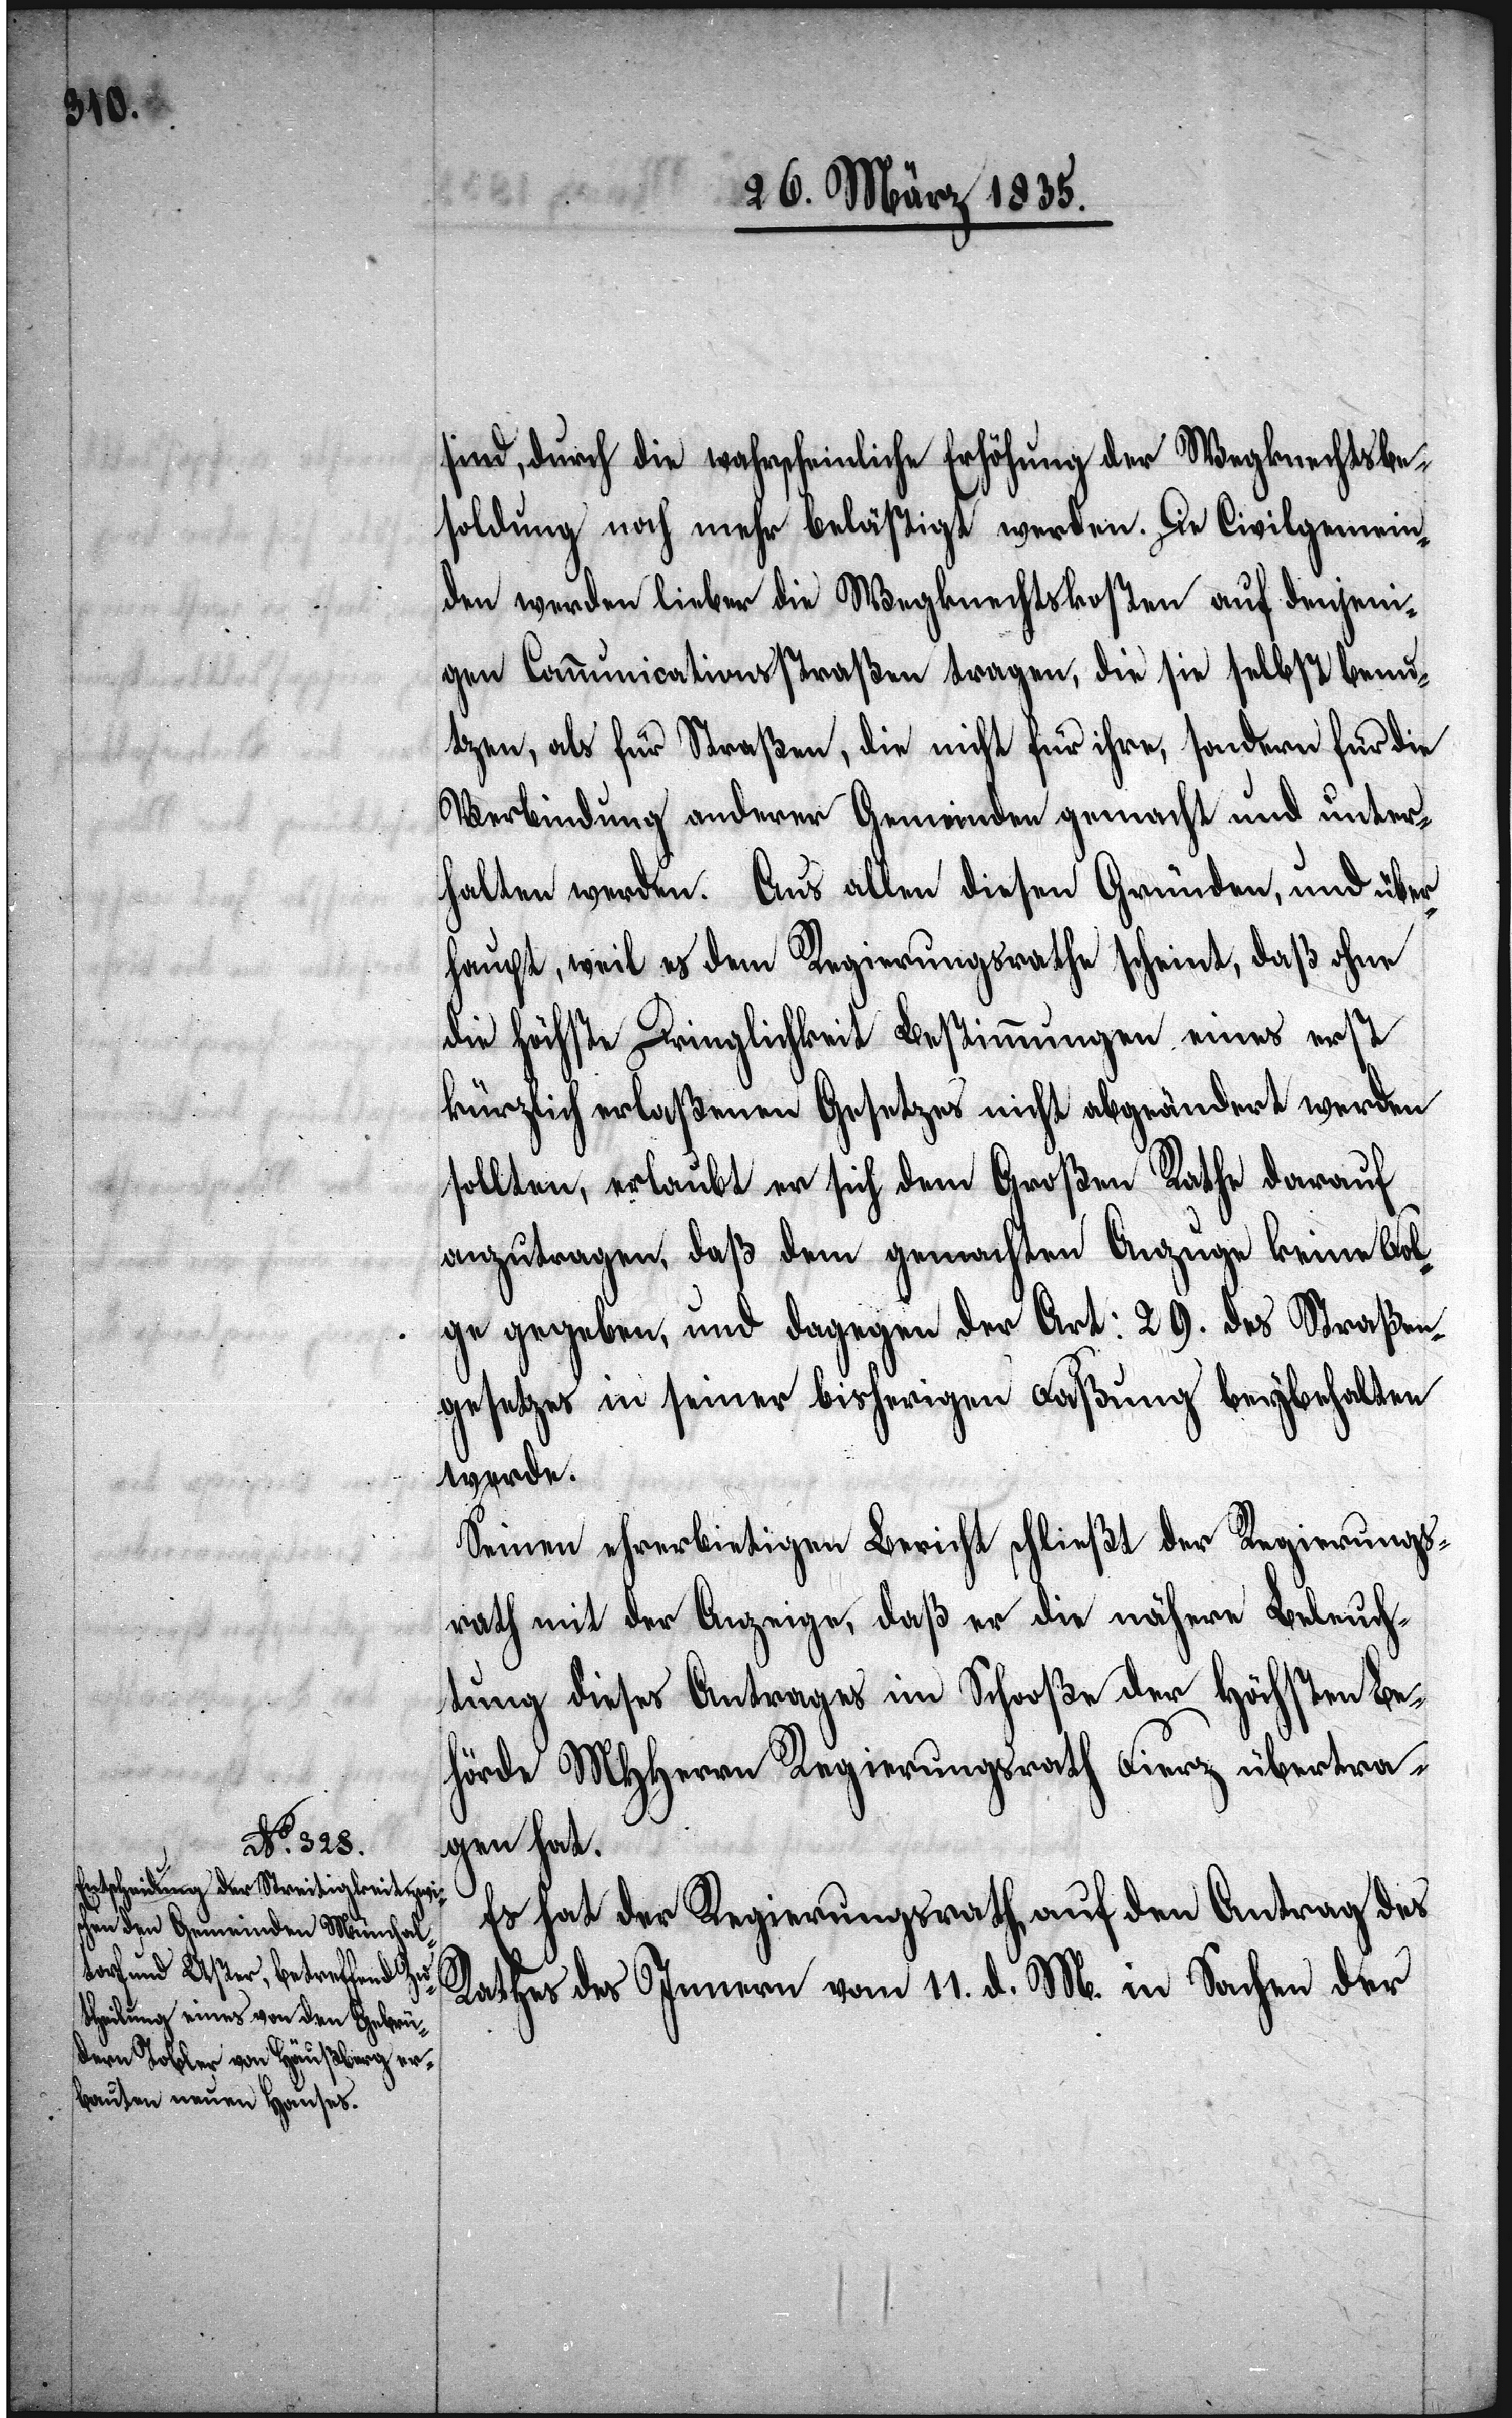
sind, durch die wahrscheinliche Erhöhung der Wegknechtsbe¬
soldung noch mehr belästigt werden. Die Civilgemein¬
den werden lieber die Wegknechtskosten auf denjeni¬
gen Communicationsstraßen tragen, die sie selbst benut¬
zen, als für Straßen, die nicht für ihre, sondern für die
Verbindung anderer Gemeinden gemacht und unter¬
halten werden. Aus allen diesen Gründen, und über¬
haupt, weil es dem Regierungsrathe scheint, daß ohne
die höchste Dringlichkeit Bestimmungen eines erst
kürzlich erlaßenen Gesetzes nicht abgeändert werden
sollten, erlaubt er sich dem Großen Rathe darauf
anzutragen, daß dem gemachten Anzuge keine Fol¬
ge gegeben, und dagegen der Art: 29. des Straßen¬
gesetzes in seiner bisherigen Faßung beybehalten
werde.
Seinen ehrerbietigen Bericht schließt der Regierungs¬
rath mit der Anzeige, daß er die nähere Beleuch¬
tung dieses Antrages im Schooße der Höchsten Be¬
hörde MHHerrn Regierungsrath Fierz übertra¬
gen hat.
Es hat der Regierungsrath, auf den Antrag des
Rathes des Innern vom 11. d. M. in Sachen der